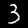
Label: 3